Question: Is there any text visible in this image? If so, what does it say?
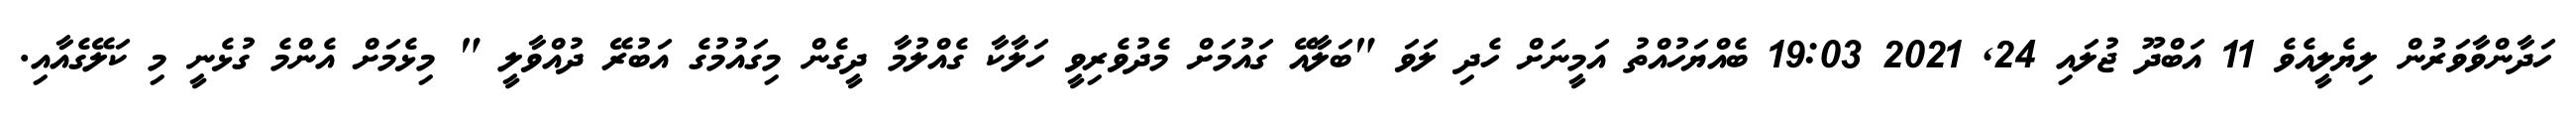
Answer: ހަދާންވާވަރުން ލިޔެލީއެވެ 11 އަބްދޫ ޖުލައި 24, 2021 19:03 ބެއްޔަހުއްތު އަމީނަށް ހެދި ލަވަ "ބަލާއޭ ގައުމަށް މެދުވެރިވީ ހަލާކާ ގެއްލުމާ ދީގެން މިގައުމުގެ އަބުރޭ ދުއްވާލީ " މިޅެމަށް އެންމެ ގުޅެނީ މި ކަލޭގެއާއި.